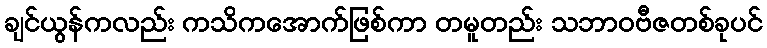
ချင်ယွန်ကလည်း ကသိကအောက်ဖြစ်ကာ တမူတည်း သဘာဝဗီဇတစ်ခုပင်